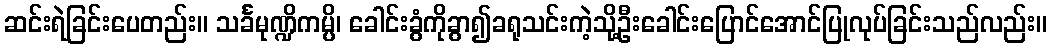
ဆင်းရဲခြင်းပေတည်း။ သင်္ခမုဏ္ဍိကမ္ပိ၊ ခေါင်းခွံကိုခွာ၍ခရုသင်းကဲ့သို့ဦးခေါင်းပြောင်အောင်ပြုလုပ်ခြင်းသည်လည်း။